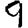
Digit: 9